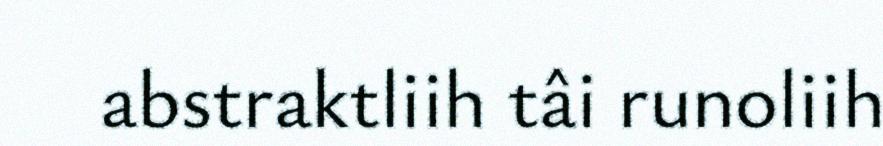
abstraktliih tâi runoliih